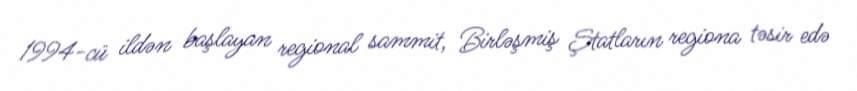
1994-cü ildən başlayan regional sammit, Birləşmiş Ştatların regiona təsir edə